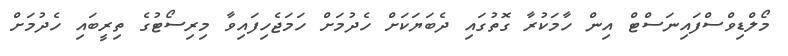
މޯލްޑިވްސްފައިނަސްޓް އިން ހާމަކުރާ ގޮތުގައި ދެބަޔަކަށް ހެދުމަށް ހަމަޖެހިފައިވާ މިރިސޯޓުގެ ތިރީބައި ހެދުމަށް